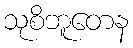
သုစိဘူတေန